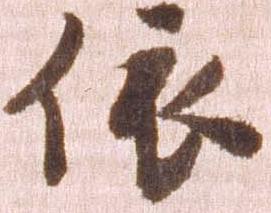
依